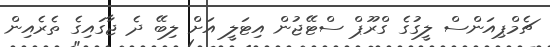
ޗެމްޕިއަންސް ލީގުގެ ގްރޫޕް ސްޓޭޖުން އިޓަލީ އަށް ލިބޭ ދެ ޖާގައިގެ ތެރެއިން